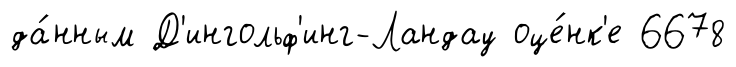
да́нным Д'ингольф'инг-Ландау оце́нк'е 6678